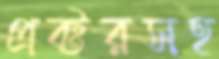
প্রক্টরসহ